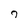
Character: 7